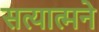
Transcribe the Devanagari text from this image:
सत्यात्मने